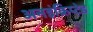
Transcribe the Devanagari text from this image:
अनइंक्रिप्टेड